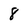
Character: 8